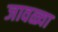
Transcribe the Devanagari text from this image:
जावळ्या